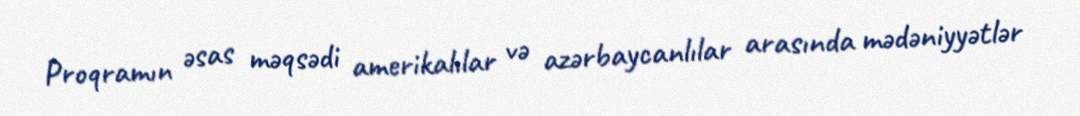
Proqramın əsas məqsədi amerikalılar və azərbaycanlılar arasında mədəniyyətlər